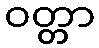
ဝတ္တာ